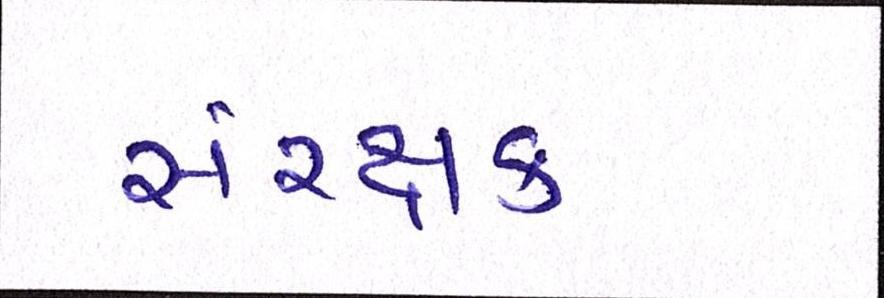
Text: સંરક્ષક